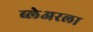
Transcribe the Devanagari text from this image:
ब्लेअरला